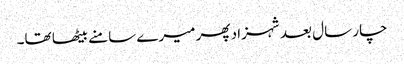
چار سال بعد شہزاد پھر میرے سامنے بیٹھا تھا۔